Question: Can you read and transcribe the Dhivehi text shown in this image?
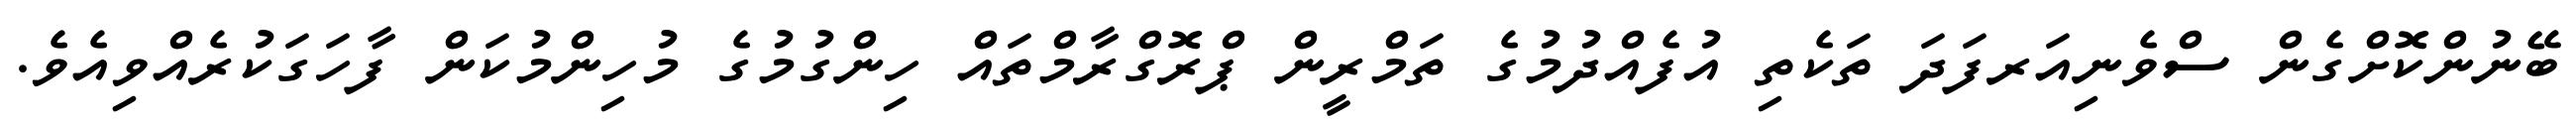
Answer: ބޭނުންކޮށްގެން ސްވެނިއަރފަދަ ތަކެތި އުފެއްދުމުގެ ތަމްރީން ޕްރޮގްރާމްތައް ހިންގުމުގެ މުހިންމުކަން ފާހަގަކުރެއްވިއެވެ.